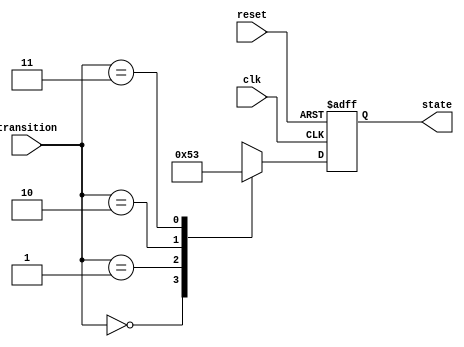
module state_machine (
    input clk,          // Clock input
    input reset,        // Reset input
    input [1:0] transition, // Input for state transitions
    output reg [2:0] state // Output representing current state
);

// Define states using parameter enum
parameter IDLE = 3'b000;
parameter STATE1 = 3'b001;
parameter STATE2 = 3'b010;
parameter STATE3 = 3'b011;
parameter STATE4 = 3'b100;

// Define state transitions using priority encoding
always @ (posedge clk or posedge reset)
begin
    if (reset)
        state <= IDLE;
    else
        case (transition)
            2'b00: state <= IDLE;
            2'b01: state <= STATE1;
            2'b10: state <= STATE2;
            2'b11: state <= STATE3;
            default: state <= STATE4;
        endcase
end

endmodule